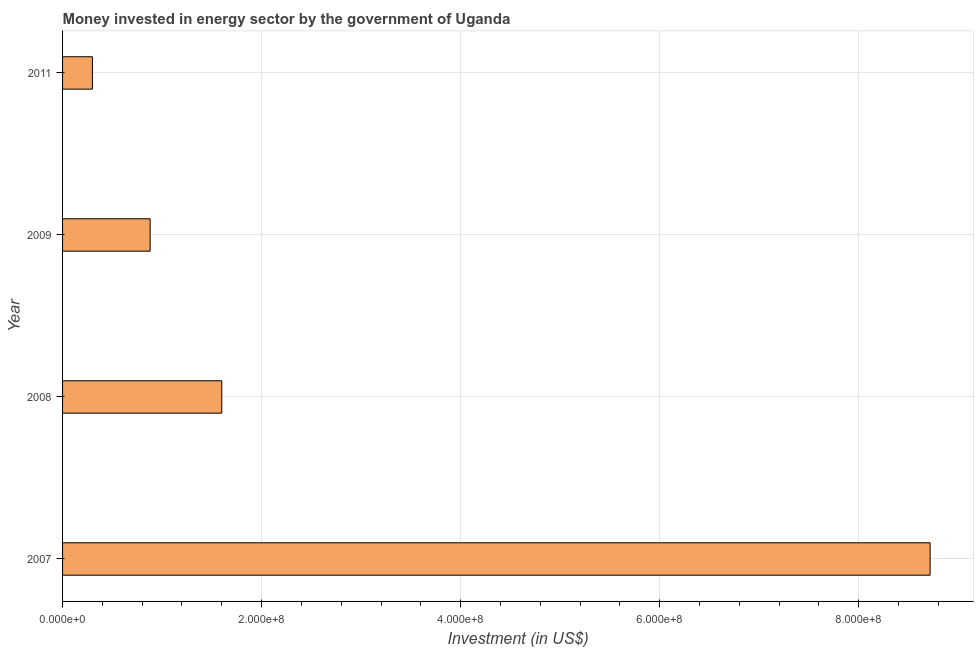
| Year | Investment in energy with private participation (current US$) |
 | --- | --- |
 | 2007 | 8.72e+08 |
 | 2008 | 1.6e+08 |
 | 2009 | 8.8e+07 |
 | 2011 | 3e+07 |